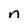
Character: n